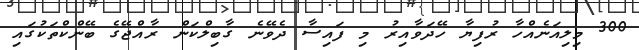
300 މިލިއަނެއްހާ ރުފިޔާ ހޭދަވާއިރު މި ފައިސާ ދެވޭނެ ގާބިލްކަން ރާއްޖޭގެ ބޭންކްތަކުގައި